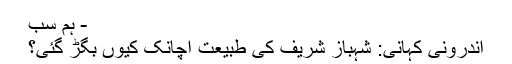
- ہم سب
اندرونی کہانی: شہباز شریف کی طبیعت اچانک کیوں بگڑ گئی؟